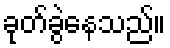
ခုတ်ခွဲနေသည်။